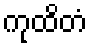
ကုထိတံ